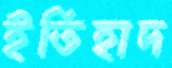
ইতিহাদ